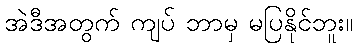
အဲဒီအတွက် ကျပ် ဘာမှ မပြနိုင်ဘူး။